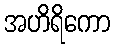
အဟိရိကော